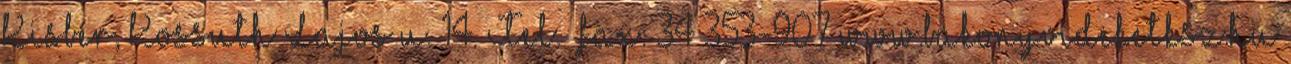
Kisbér, Kossuth Lajos u. 14. Tel. fax: 34 353-907 www.bakonyvideketksz.hu